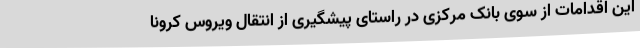
این اقدامات از سوی بانک مرکزی در راستای پیشگیری از انتقال ویروس کرونا